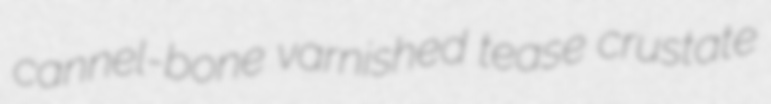
cannel-bone varnished tease crustate